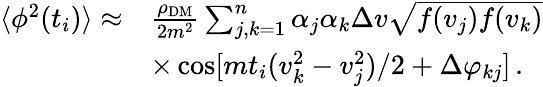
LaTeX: \begin{array}{rl}{\langle\phi^{2}(t_{i})\rangle\approx}&{\frac{\rho_{\mathrm{DM}}}{2m^{2}}\sum_{j,k=1}^{n}\alpha_{j}\alpha_{k}\Delta v\sqrt{f(v_{j})f(v_{k})}}\\ &{\times\cos[mt_{i}(v_{k}^{2}-v_{j}^{2})/2+\Delta\varphi_{kj}]\, .}\end{array}